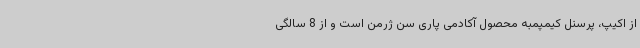
از اکیپ، پرسنل کیمپمبه محصول آکادمی پاری سن ژرمن است و از 8 سالگی